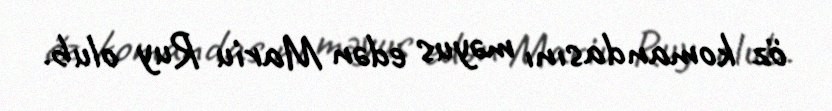
öz komandasını məyus edən Mariu Ruy olub.